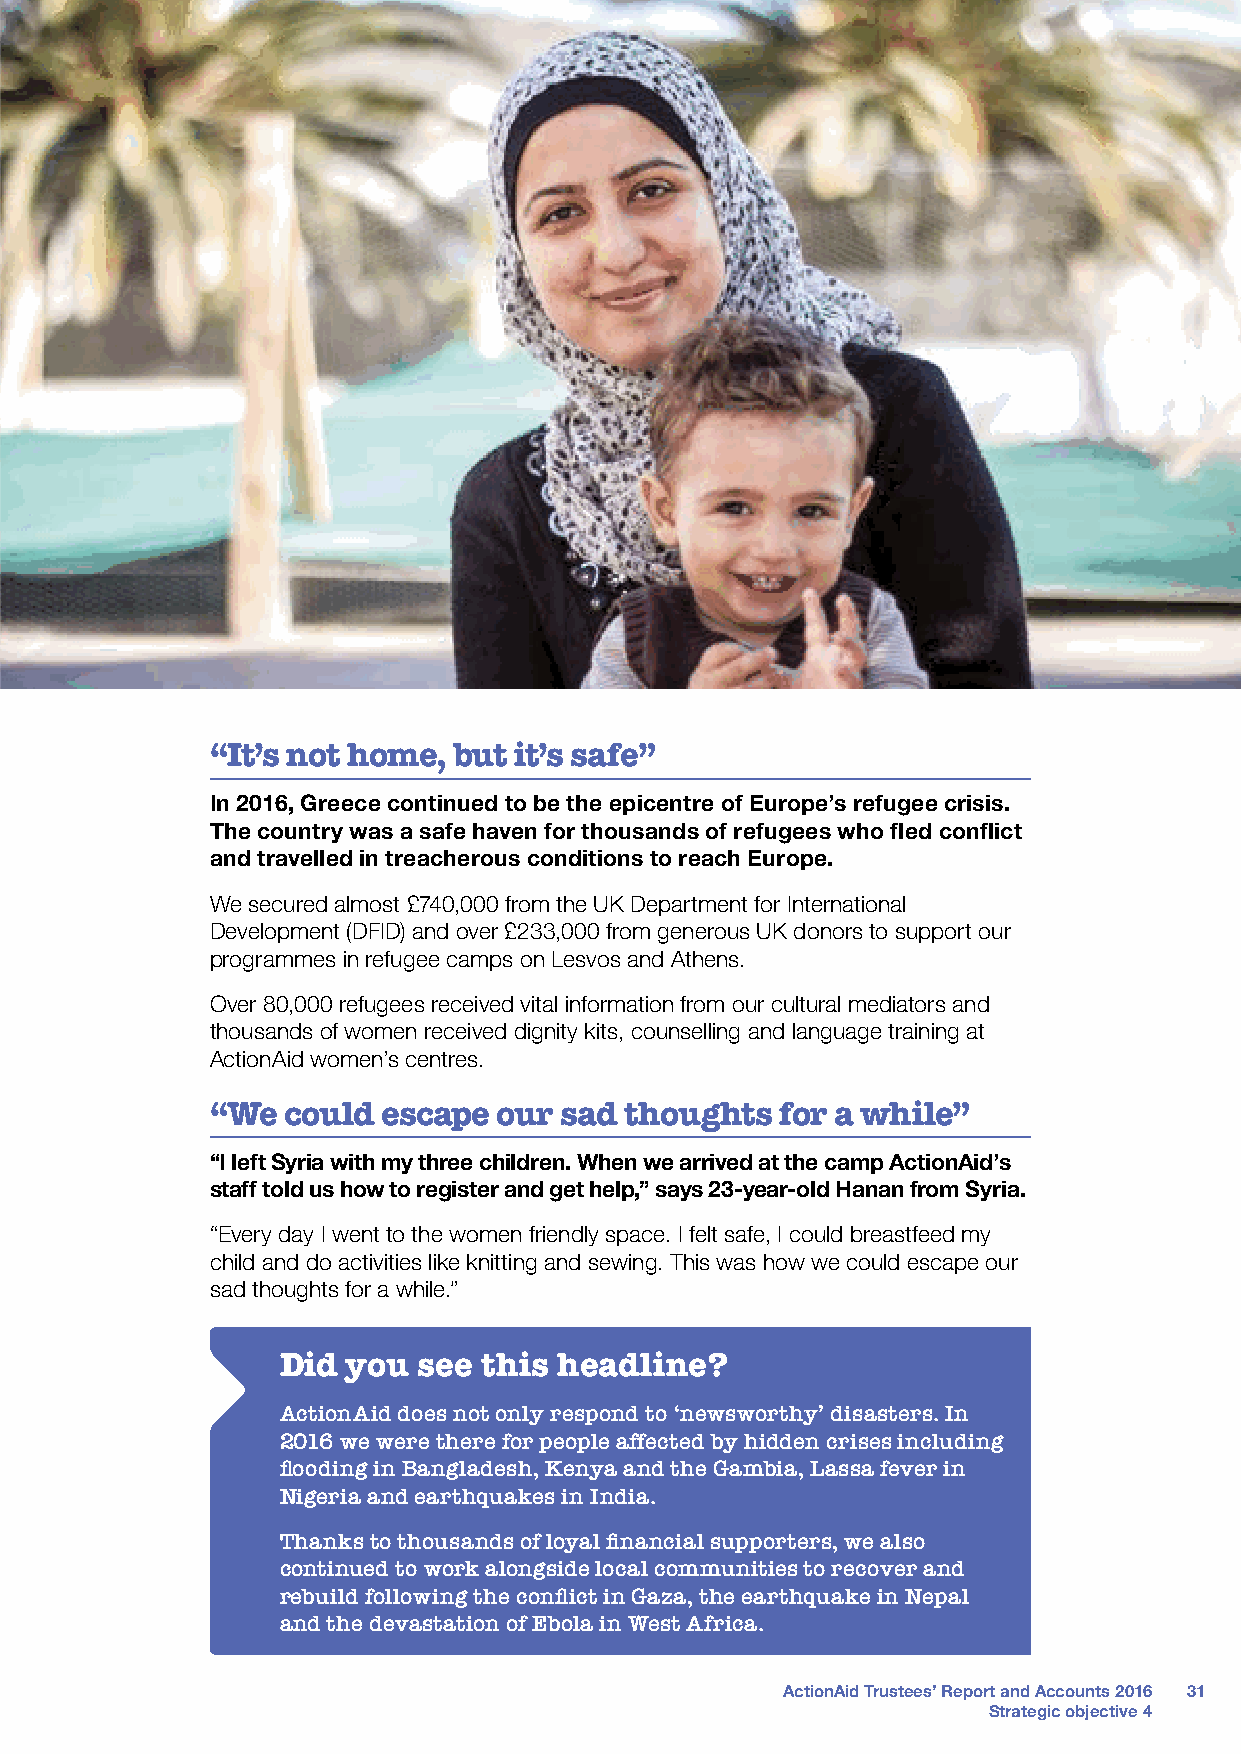
“It’s not home, but it’s safe”
 In 2016, Greece continued to be the epicentre of Europe’s refugee crisis.
 The country was a safe haven for thousands of refugees who fled conflict
 and travelled in treacherous conditions to reach Europe.
 We secured almost £740,000 from the UK Department for International
 Development (DFID) and over £233,000 from generous UK donors to support our
 programmes in refugee camps on Lesvos and Athens.
 Over 80,000 refugees received vital information from our cultural mediators and
 thousands of women received dignity kits, counselling and language training at
 ActionAid women’s centres.
 “We  could escape  our sad thoughts   for a while”
 “I left Syria with my three children. When we arrived at the camp ActionAid’s
 staff told us how to register and get help,” says 23-year-old Hanan from Syria.
 “Every day I went to the women friendly space. I felt safe, I could breastfeed my
 child and do activities like knitting and sewing. This was how we could escape our
 sad thoughts for a while.”
 Did you  see this headline?
 ActionAid does not only respond to ‘newsworthy’ disasters. In
 2016 we were there for people affected by hidden crises including
 flooding in Bangladesh, Kenya and the Gambia, Lassa fever in
 Nigeria and earthquakes in India.
 Thanks to thousands of loyal financial supporters, we also
 continued to work alongside local communities to recover and
 rebuild following the conflict in Gaza, the earthquake in Nepal
 and the devastation of Ebola in West Africa.
 ActionAid Trustees’ Report and Accounts 2016 31
 Strategic objective 4